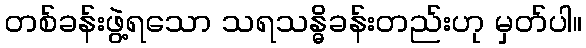
တစ်ခန်းဖွဲ့ရသော သရသန္ဓိခန်းတည်းဟု မှတ်ပါ။